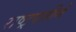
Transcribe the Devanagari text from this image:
राष्ट्रपतीने